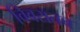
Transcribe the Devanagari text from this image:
विवरातच